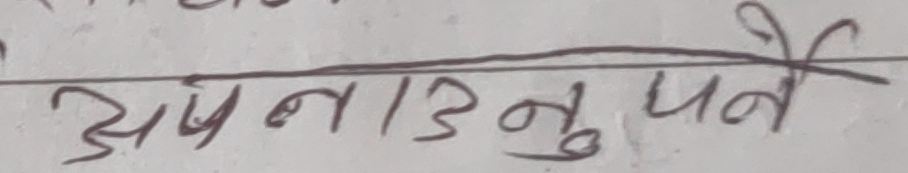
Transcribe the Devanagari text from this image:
अपनाउनु पर्ने